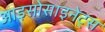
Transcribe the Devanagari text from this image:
आइसोसाइनेट्स